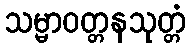
သမ္မာဝတ္တနသုတ္တံ